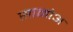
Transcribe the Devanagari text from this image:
सामोअ